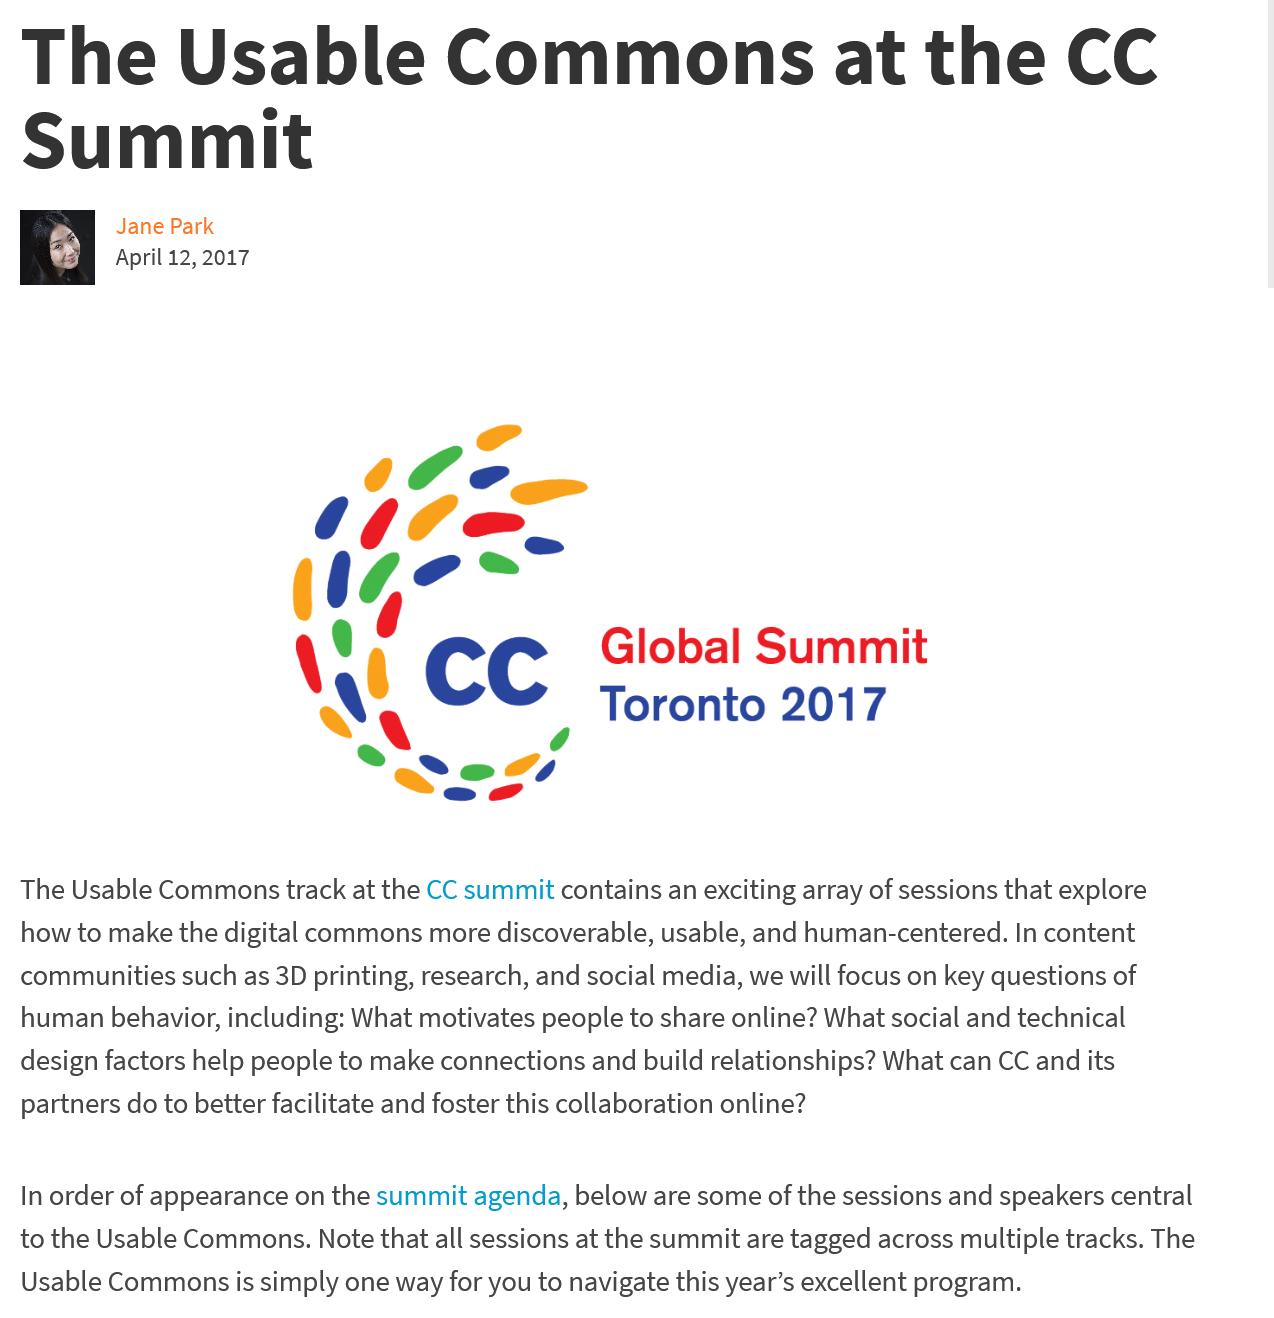
The    Usable    Commons    at    the    CC
  Summit
     Jane Park
     April 12, 2017
  The Usable Commons track at the CC summit contains an exciting array of sessions that explore
  how to make the digital commons more discoverable, usable, and human-centered. In content
  communities such as 3D printing, research, and social media, we will focus on key questions of
  human behavior, including: What motivates people to share online? What social and technical
  design factors help people to make connections and build relationships? What can CC and its
  partners do to better facilitate and foster this collaboration online?
  In order of appearance on the summit agenda, below are some of the sessions and speakers central
  to the Usable Commons. Note that all sessions at the summit are tagged across multiple tracks. The
  Usable Commons is simply one way for you to navigate this year’s excellent program.